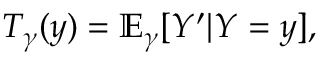
T _ { \gamma } ( y ) = \mathbb { E } _ { \gamma } [ Y ^ { \prime } | Y = y ] ,